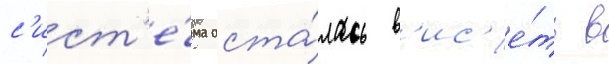
с'ист'е́ма оста́лась в'ис'е́ть в